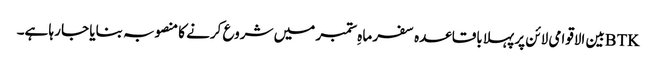
BTKبین الاقوامی لائن پر پہلا باقاعدہ سفر ماہِ ستمبر میں شروع کرنے کا منصوبہ بنایا جا رہا ہے۔